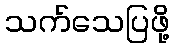
သက်သေပြဖို့